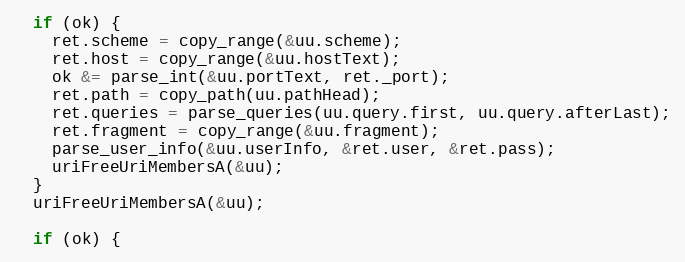
Language: C++
  if (ok) {
    ret.scheme = copy_range(&uu.scheme);
    ret.host = copy_range(&uu.hostText);
    ok &= parse_int(&uu.portText, ret._port);
    ret.path = copy_path(uu.pathHead);
    ret.queries = parse_queries(uu.query.first, uu.query.afterLast);
    ret.fragment = copy_range(&uu.fragment);
    parse_user_info(&uu.userInfo, &ret.user, &ret.pass);
    uriFreeUriMembersA(&uu);
  }
  uriFreeUriMembersA(&uu);

  if (ok) {